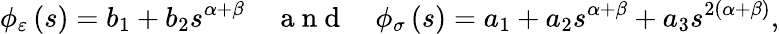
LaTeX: \phi_{\varepsilon}\left(s\right)=b_{1}+b_{2}s^{\alpha+\beta}\quad\mathrm{~a~n~d~}\quad\phi_{\sigma}\left(s\right)=a_{1}+a_{2}s^{\alpha+\beta}+a_{3}s^{2\left(\alpha+\beta\right)},